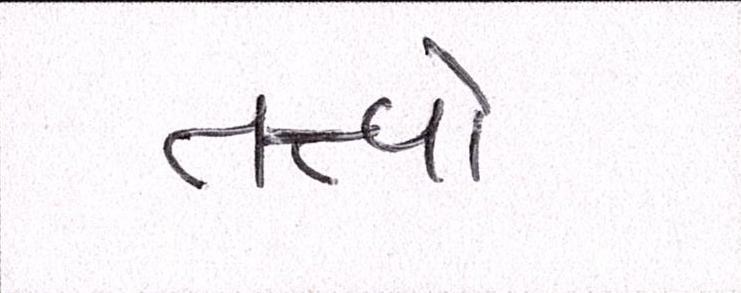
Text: તત્ત્વો